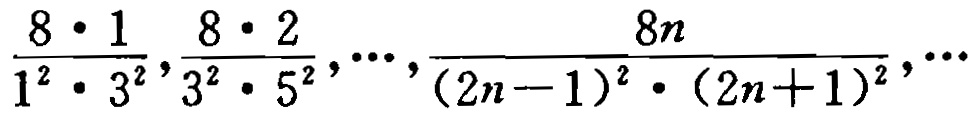
\(\frac{8\cdot 1}{1^{2}\cdot 3^{2}},\frac{8\cdot 2}{3^{2}\cdot 5^{2}},\cdots,\frac{8n}{(2n - 1)^{2}\cdot(2n + 1)^{2}},\cdots\)